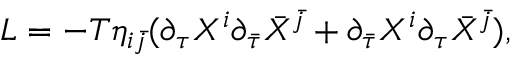
L = - T \eta _ { i \bar { j } } ( { \partial } _ { \tau } X ^ { i } { \partial } _ { \bar { \tau } } { \bar { X } } ^ { \bar { j } } + { \partial } _ { \bar { \tau } } X ^ { i } { \partial } _ { \tau } { \bar { X } } ^ { \bar { j } } ) ,